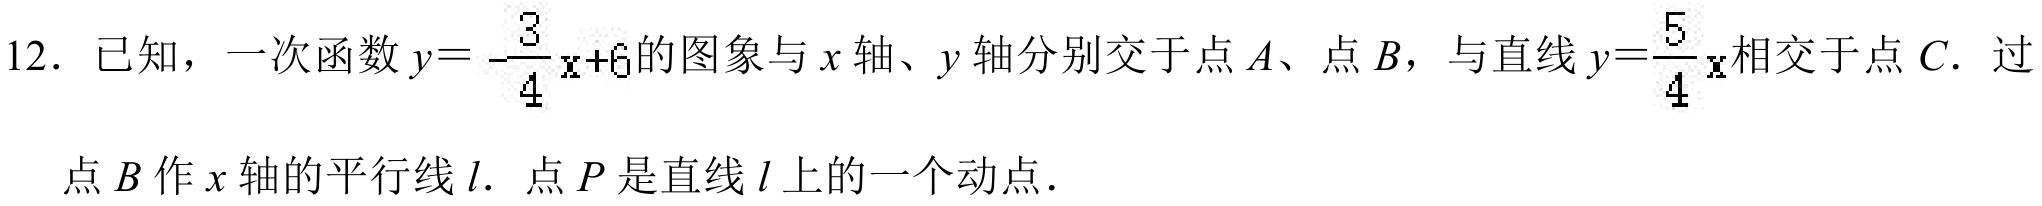
12. 已知，一次函数\(y = -\frac{3}{4}x + 6\)的图象与\(x\)轴、\(y\)轴分别交于点\(A\)、点\(B\)，与直线\(y=\frac{5}{4}x\)相交于点\(C\). 过
点\(B\)作\(x\)轴的平行线\(l\). 点\(P\)是直线\(l\)上的一个动点.